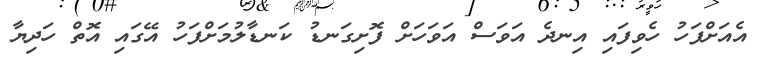
އެއަށްފަހު ހެވިފައި އިނދެ އަވަސް އަވަހަށް ފޮށިގަނޑު ކަނޑާލުމަށްފަހު އޭގައި އޮތް ހަދިޔާ